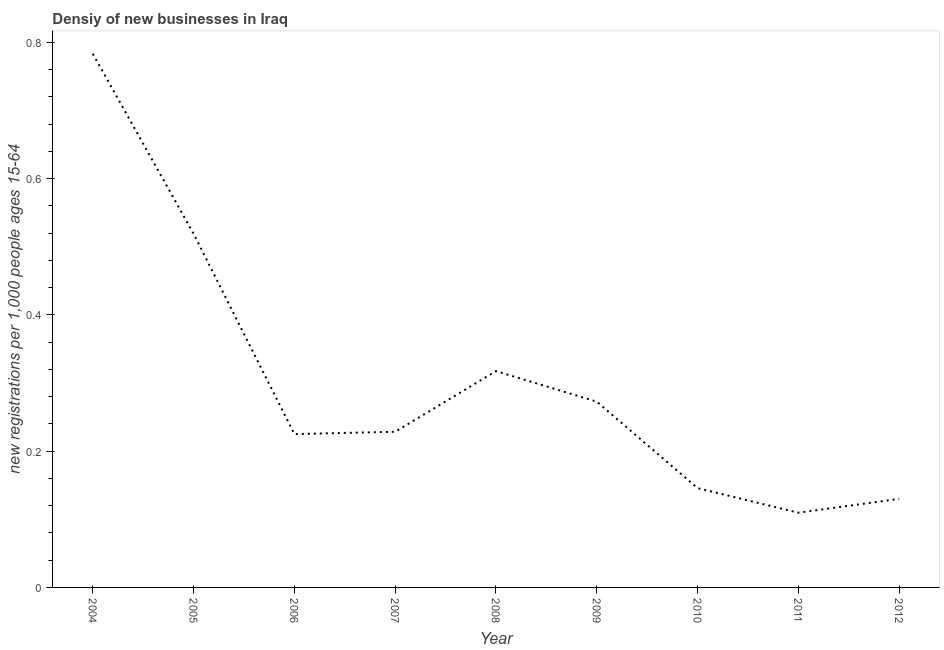
| Year | New business density |
 | --- | --- |
 | 2004 | 0.783 |
 | 2005 | 0.519 |
 | 2006 | 0.225 |
 | 2007 | 0.229 |
 | 2008 | 0.318 |
 | 2009 | 0.273 |
 | 2010 | 0.146 |
 | 2011 | 0.11 |
 | 2012 | 0.13 |